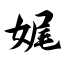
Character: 娓